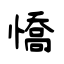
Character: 憍